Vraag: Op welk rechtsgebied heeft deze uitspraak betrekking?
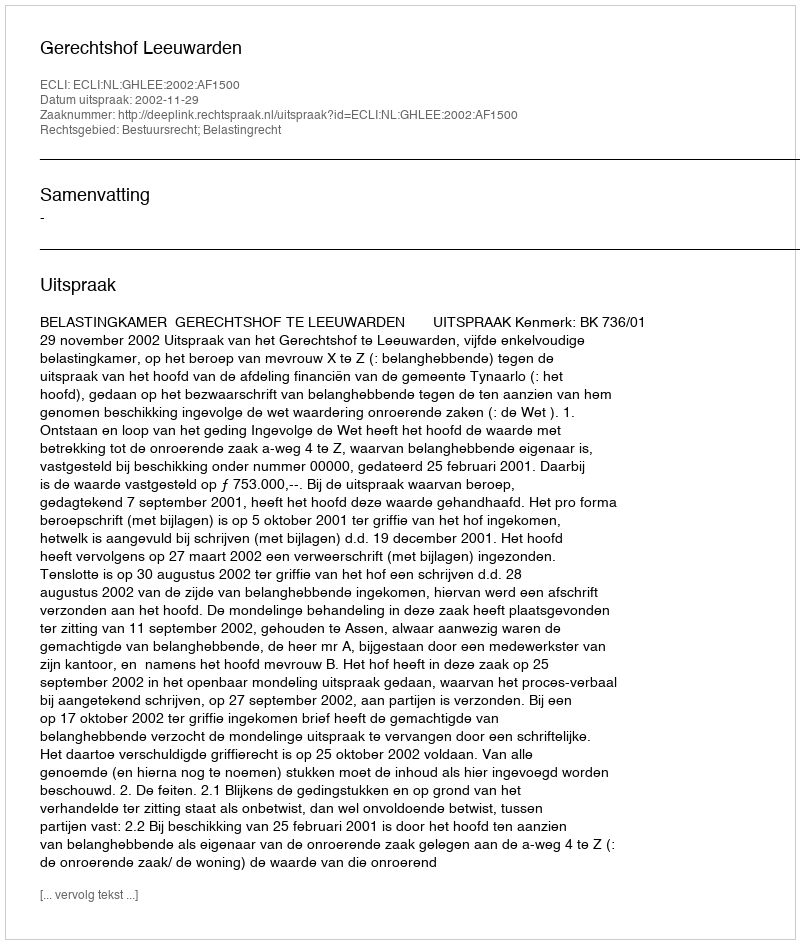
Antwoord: Bestuursrecht; Belastingrecht